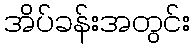
အိပ်ခန်းအတွင်း